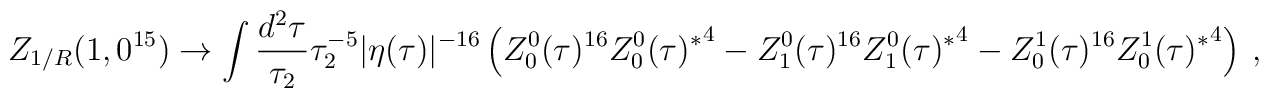
Z_{1/R}(1,0^{15}) \to \int \frac{d^2\tau}{\tau_2}\tau_2^{-5}|\eta(\tau)|^{-16}          \left( Z^0_0(\tau)^{16}{Z^0_0(\tau)^*}^4-Z^0_1(\tau)^{16}{Z^0_1(\tau)^*}^4               -Z^1_0(\tau)^{16}{Z^1_0(\tau)^*}^4 \right)\ ,